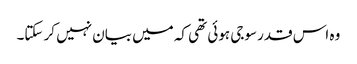
وہ اس قدر سوجی ہوئی تھی کہ میں بیان نہیں کر سکتا۔